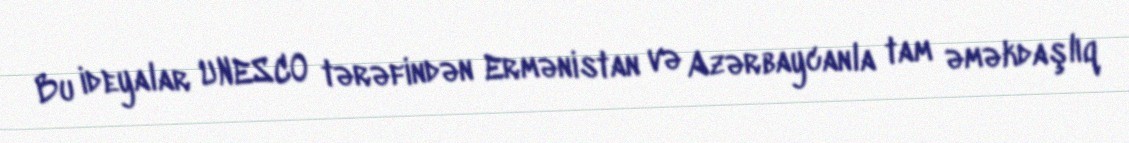
Bu ideyalar UNESCO tərəfindən Ermənistan və Azərbaycanla tam əməkdaşlıq